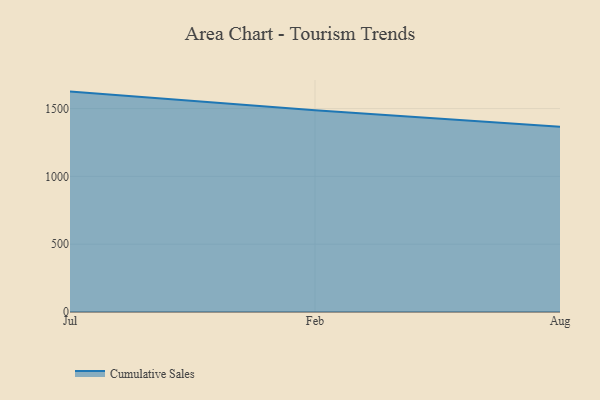
{"axis": {"x": "Month", "y": "Waste Production (Tons)"}, "legend": ["Cumulative Sales"], "data": [{"x": "Jul", "y": 1625.0, "type": "Cumulative Sales"}, {"x": "Feb", "y": 1488.4, "type": "Cumulative Sales"}, {"x": "Aug", "y": 1366.5, "type": "Cumulative Sales"}]}